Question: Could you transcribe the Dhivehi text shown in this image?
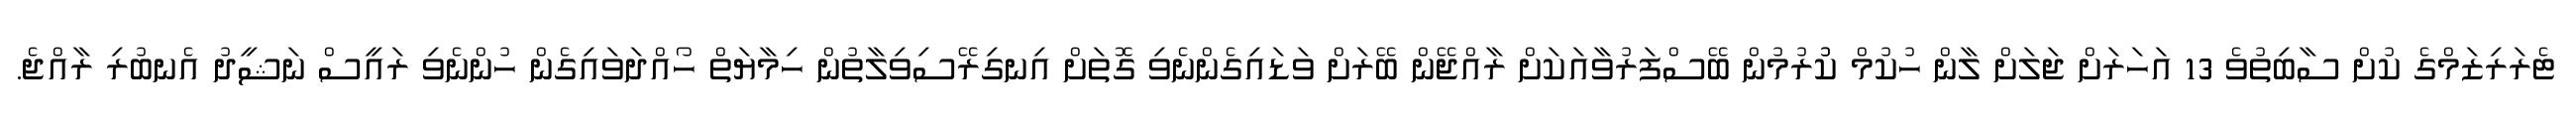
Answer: ޓެރަރިޒަމްގެ ކުށް ސާބިތުވެ 13 އަހަރަށް ޖަލަށް ލާން ހުކުމް ކުުރުމުން ބޭސްފަރުވާއަކަށް ރާއްޖޭން ބޭރަށް ވަޑައިގެންނެވި ގޮތަށް އިނގިރޭސިވިލާތުން ހިމާޔަތް ހޯއްދަވައިގެން ހުންނެވި ރައީސް ނަޝީދު އެނބުރި ރާއްޖެ.